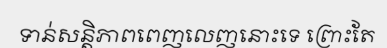
ទាន់សន្តិភាពពេញលេញនោះទេ ព្រោះតែ